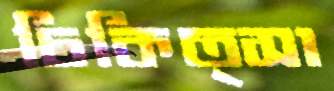
চিকিত্সা